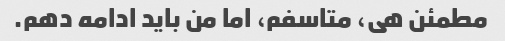
مطمئن هی، متاسفم، اما من باید ادامه دهم.